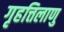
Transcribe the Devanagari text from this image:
गृहत्तिलाणु